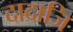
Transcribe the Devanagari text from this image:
दादाजि